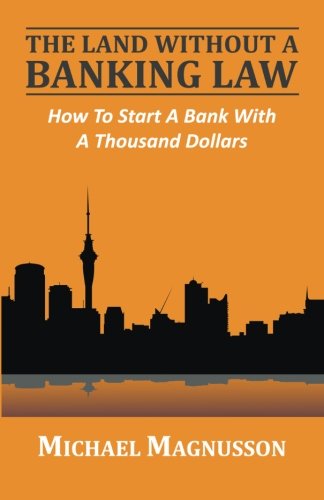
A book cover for The Land Without A Banking Law: How To Start A Bank With A Thousand Dollars; Michael Magnusson; Law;